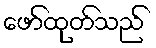
ဖော်ထုတ်သည်